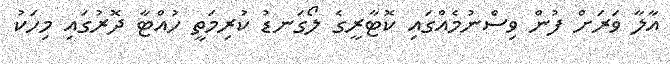
އާލާ ވަރަށް ފުން ވިސްނުމެއްގައި ކޮޓާރީގެ ލޯގަނޑު ކުރިމަތީ ހުއްޓާ ދޮރުގައި މިހަކު